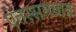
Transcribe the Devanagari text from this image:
एतस्समवाय